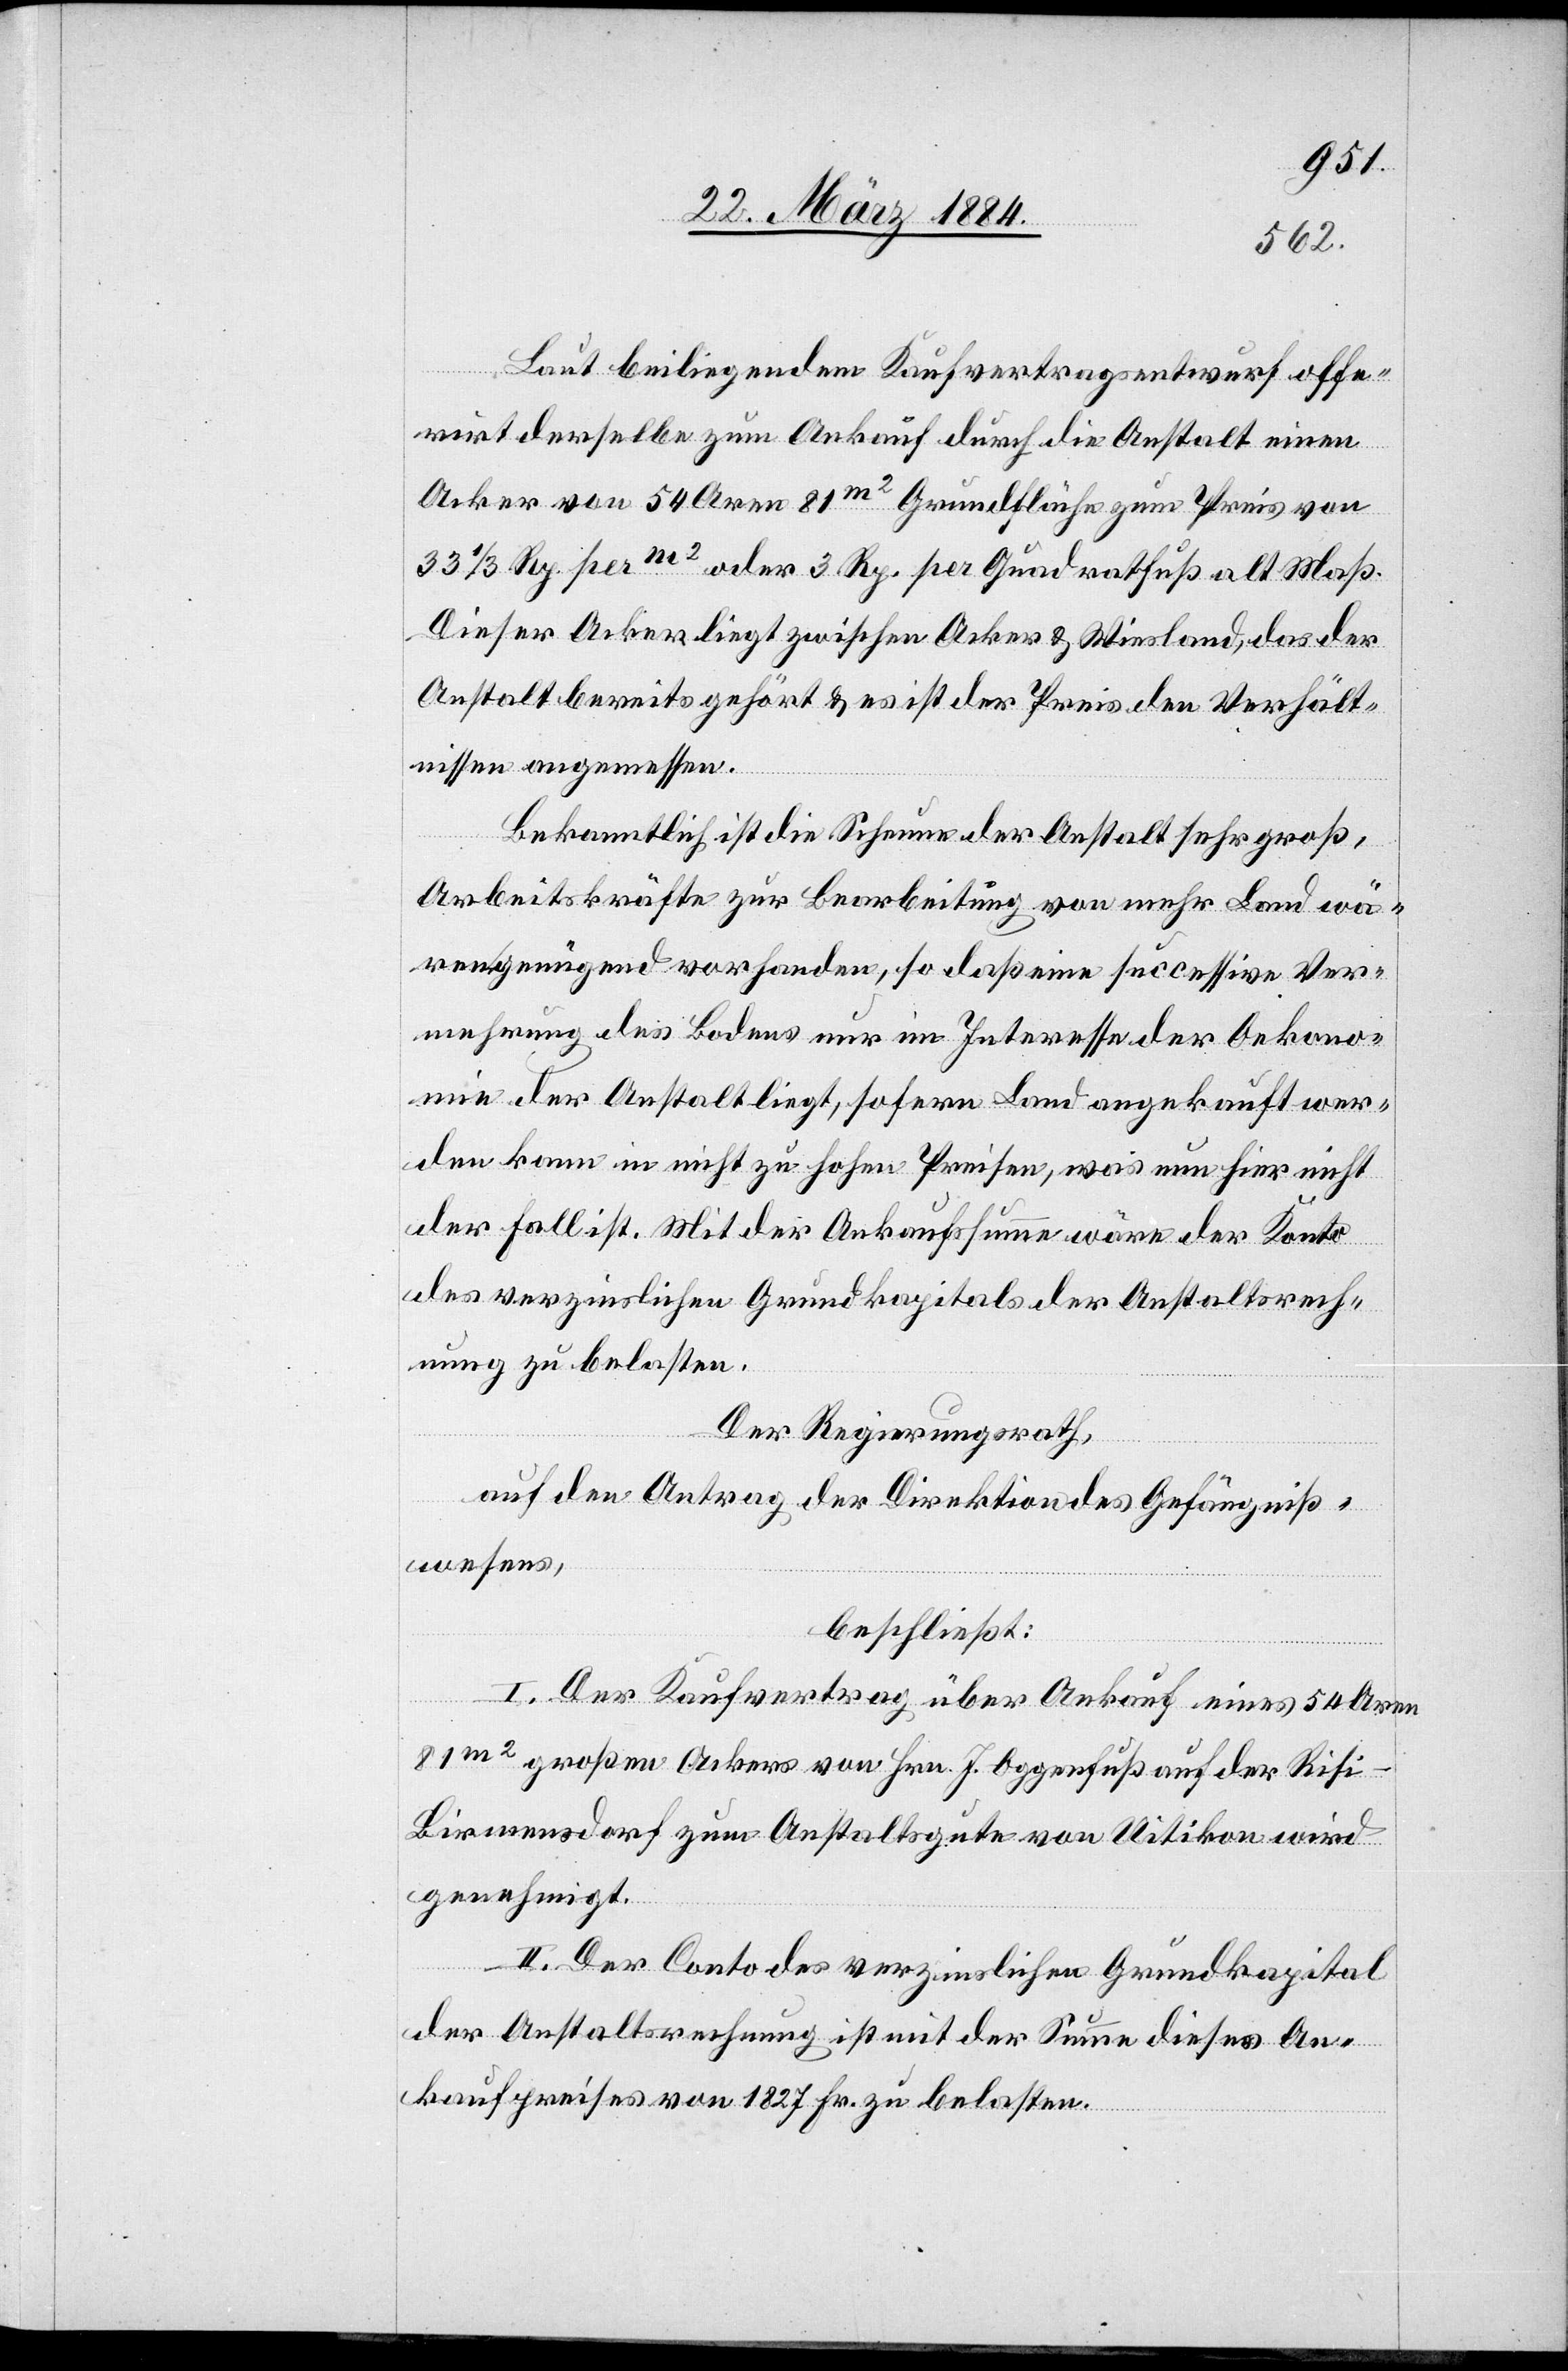
Laut beiliegendem Kaufvertragsentwurf offe¬
rirt derselbe zum Ankauf durch die Anstalt einen
Acker von 54 Aren = 81m2 Grundfläche zum Preis von
Dieser Acker liegt zwischen Acker & Wiesland, das der
Anstalt bereits gehört & es ist der Preis den Verhält¬
nissen angemessen.
Bekanntlich ist die Scheune der Anstalt sehr groß,
Arbeitskräfte zur Bearbeitung von mehr Land wä¬
ren genügend vorhanden, so daß eine successive Ver¬
mehrung des Bodens nur im Interesse der Oekono¬
mie der Anstalt liegt, sofern Land angekauft wer¬
den kann in nicht zu hohem Preise, was nun hier nicht
der Fall ist. Mit der Ankaufssumme wäre der Konto
des verzinslichen Grundkapitals der Anstaltsrech¬
nung zu belasten.
Der Regierungsrath,
auf den Antrag der Direktion des Gefängniß¬
wesens,
beschließt:
I. Der Kaufvertrag über Ankauf eines 54 Aren
81m2 großen Ackers von Hrn. J. Oggenfuß auf der Risi
Birmensdorf zum Anstaltsgute von Uitikon wird
genehmigt.
II. Der Conto des verzinslichen Grundkapitals
der Anstaltsrechnung ist mit der Summe dieses An¬
kaufspreises von 1827 Fr. zu belasten.